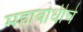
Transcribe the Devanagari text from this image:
महाबोधीचे